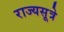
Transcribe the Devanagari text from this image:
राज्यसूत्रे